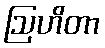
ဩဟိတာ